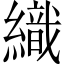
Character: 織